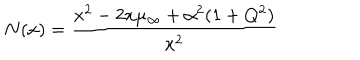
LaTeX: N ( x ) = { \frac { x ^ { 2 } - 2 x \mu _ { \infty } + \alpha ^ { 2 } ( 1 + Q ^ { 2 } ) } { x ^ { 2 } } }